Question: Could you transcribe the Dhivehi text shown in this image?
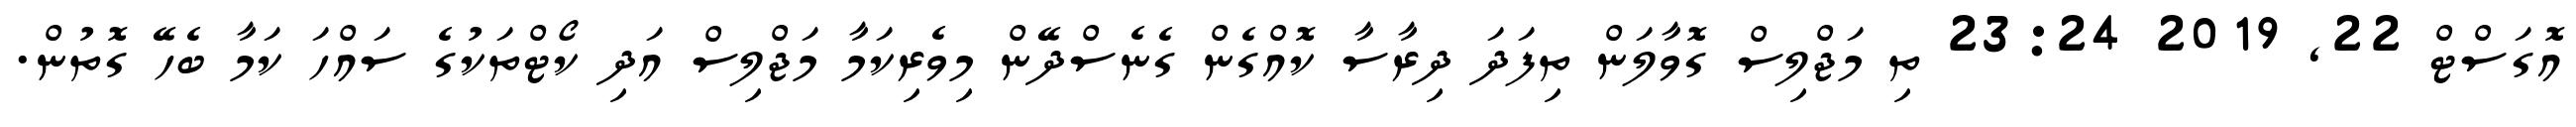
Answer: އޮގަސްޓް 22, 2019 23:24 ތި މަޖްލިސް ގޮވާލަން ތިފަދަ ދިރާސާ ކޮއްގެން ގެނެސްދޭން މިވެރިކަމާ މަޖްލިސް އަދި ކޯޓްތަކުގެ ސައްހަ ކަމާ ބެހޭ ގޮތުން.